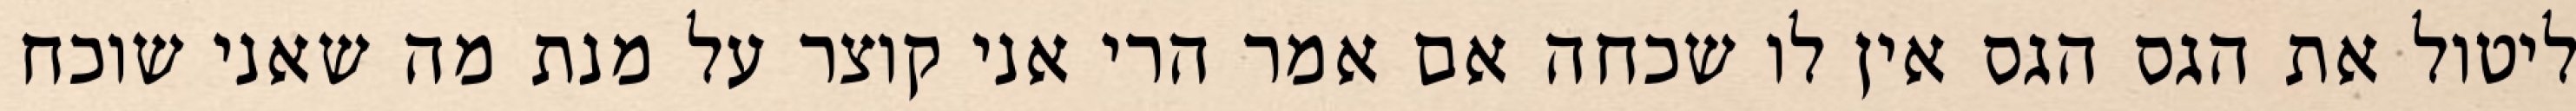
ליטול את הגס הגס אין לו שכחה אם אמר הרי אני קוצר על מנת מה שאני שוכח